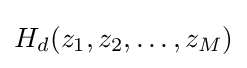
H_{d}(z_{1},z_{2},\ldots ,z_{M})